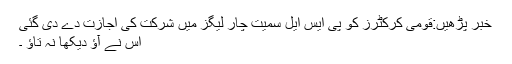
خبر پڑھیں:قومی کرکٹرز کو پی ایس ایل سمیت چار لیگز میں شرکت کی اجازت دے دی گئی
اُس نے آؤ دیکھا نہ تاؤ ۔